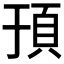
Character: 𬱀